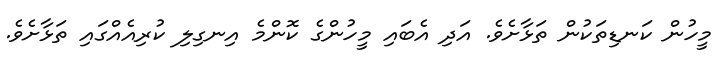
މީހުން ކަނޑިތަކުން ތަޅާށެވެ. އަދި އެބައި މީހުންގެ ކޮންމެ އިނގިލި ކުރިއެއްގައި ތަޅާށެވެ.